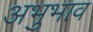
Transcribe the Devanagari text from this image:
अभुभाव